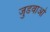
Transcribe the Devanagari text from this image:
जुडवाओं